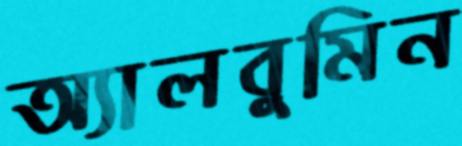
অ্যালবুমিন